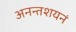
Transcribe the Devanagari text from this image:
अनन्तशयनं